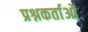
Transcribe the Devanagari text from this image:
प्रश्नकर्ताओं